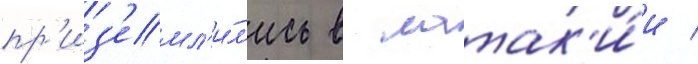
пр'из'емл'и́л'ись в латак'и́и /